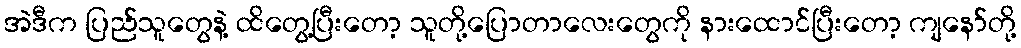
အဲဒီက ပြည်သူတွေနဲ့ ထိတွေ့ပြီးတော့ သူတို့ပြောတာလေးတွေကို နားထောင်ပြီးတော့ ကျနော်တို့